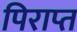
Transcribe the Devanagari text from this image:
पिराप्त